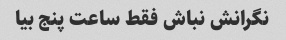
نگرانش نباش فقط ساعت پنج بیا